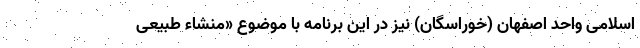
اسلامی واحد اصفهان (خوراسگان) نیز در این برنامه با موضوع «منشاء طبیعی